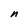
Character: n